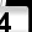
Digit: 4